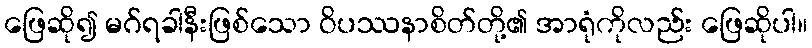
ဖြေဆို၍ မဂ်ရခါနီးဖြစ်သော ဝိပဿနာစိတ်တို့၏ အာရုံကိုလည်း ဖြေဆိုပါ။